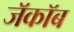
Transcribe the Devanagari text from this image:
जॅकॉब